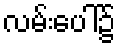
လမ်းပေါ်၌